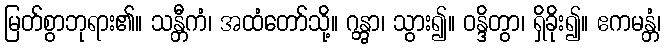
မြတ်စွာဘုရား၏။ သန္တီကံ၊ အထံတော်သို့။ ဂန္တွာ၊ သွား၍။ ဝန္ဒိတွာ၊ ရှိခိုး၍။ ဧကမန္တံ၊